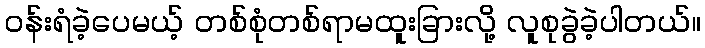
ဝန်းရံခဲ့ပေမယ့် တစ်စုံတစ်ရာမထူးခြားလို့ လူစုခွဲခဲ့ပါတယ်။